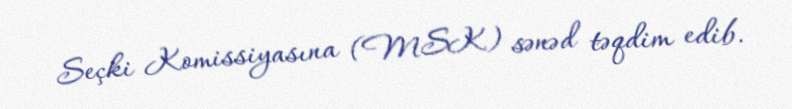
Seçki Komissiyasına (MSK) sənəd təqdim edib.